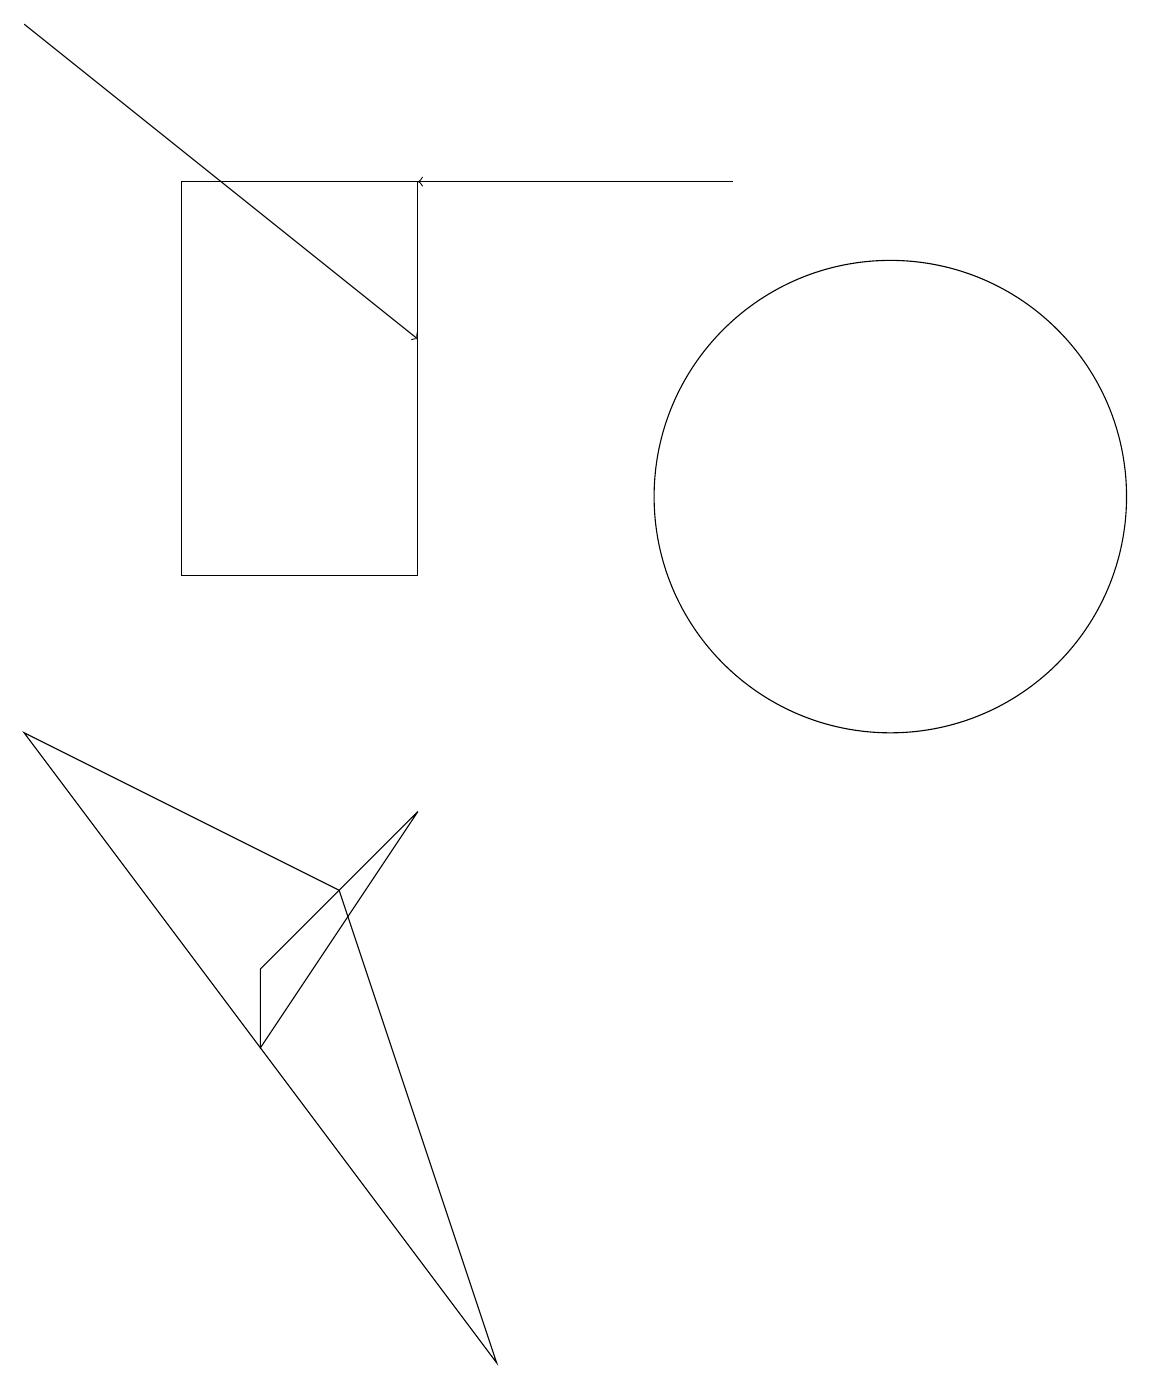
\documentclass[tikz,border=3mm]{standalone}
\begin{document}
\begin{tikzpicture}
\draw (5,15) rectangle (2,10);
\draw[->] (9,15) -- (5,15);
\draw (6,0) -- (4,6) -- (0,8) -- cycle;
\draw (5,7) -- (3,4) -- (3,5) -- cycle;
\draw (11,11) circle (3);
\draw[->] (0,17) -- (5,13);
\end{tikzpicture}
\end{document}